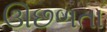
ઊછળતા